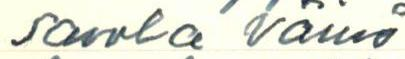
Savola Väinö